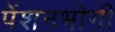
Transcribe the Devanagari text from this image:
पेंशनभोगी